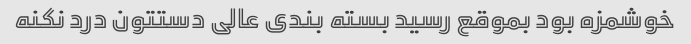
خوشمزه بود بموقع رسید بسته بندی عالی دستتون درد نکنه